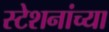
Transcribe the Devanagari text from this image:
स्टेशनांच्या